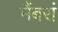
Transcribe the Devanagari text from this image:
मैंबरां